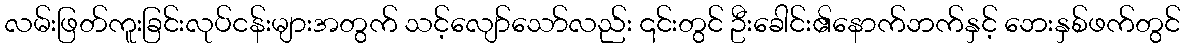
လမ်းဖြတ်ကူးခြင်းလုပ်ငန်းများအတွက် သင့်လျော်သော်လည်း ၎င်းတွင် ဦးခေါင်း၏နောက်ဘက်နှင့် ဘေးနှစ်ဖက်တွင်